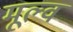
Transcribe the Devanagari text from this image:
मूल्व